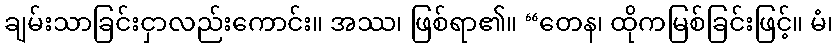
ချမ်းသာခြင်းငှာလည်းကောင်း။ အဿ၊ ဖြစ်ရာ၏။ “တေန၊ ထိုကမြစ်ခြင်းဖြင့်။ မံ၊